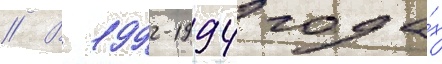
// В 1992-1994 года́х